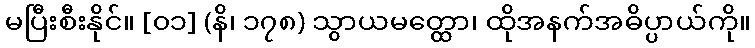
မပြီးစီးနိုင်။ [၀၁] (နိ၊ ၁၇၈) သွာယမတ္ထော၊ ထိုအနက်အဓိပ္ပာယ်ကို။